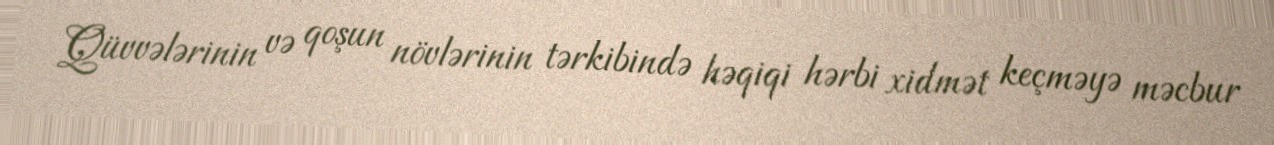
Qüvvələrinin və qoşun növlərinin tərkibində həqiqi hərbi xidmət keçməyə məcbur